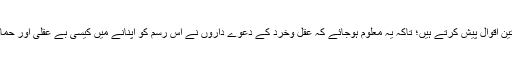
ہم یہاں ان میں سے تین اقوال پیش کرتے ہیں؛ تاکہ یہ معلوم ہوجائے کہ عقل وخرد کے دعوے داروں نے اس رسم کو اپنانے میں کیسی بے عقلی اور حماقت کا ثبوت دیا ہے۔